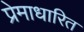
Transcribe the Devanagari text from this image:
प्रेमाधारित